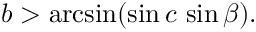
b > \arcsin ( \sin c \, \sin \beta ) .